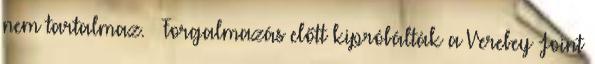
nem tartalmaz. – Forgalmazás előtt kipróbálták a Verebey Joint